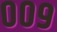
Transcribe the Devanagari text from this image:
००९